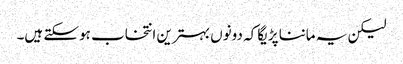
لیکن یہ ماننا پڑیگا کہ دونوں بہترین انتخاب ہوسکتے ہیں۔